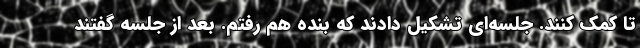
تا کمک ‌کنند. جلسه‌ای تشکیل دادند که بنده هم رفتم. بعد از جلسه گفتند